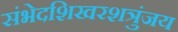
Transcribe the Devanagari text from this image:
संभेदशिखरशत्रुंजय